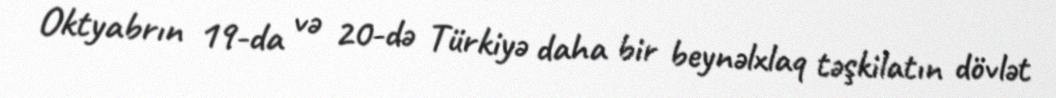
Oktyabrın 19-da və 20-də Türkiyə daha bir beynəlxlaq təşkilatın dövlət